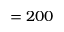
= 2 0 0